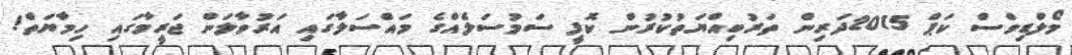
މޯލްޑިވްސް ކަޕް 2015ދަރިން ތަރުބިއްޔަތުކުރުން ކޮފީ ސަމުސަލެއްގެ މައްސަލާގައި އަރުވާލަން ޖަރީމާގައި ހިމާޔަތް!